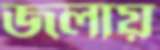
জলায়